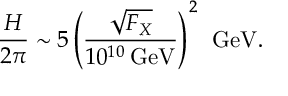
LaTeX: \frac { H } { 2 \pi } \sim 5 \left( \frac { \sqrt { F _ { X } } } { 1 0 ^ { 1 0 } \: \mathrm { G e V } } \right) ^ { 2 } \: \: \mathrm { G e V } .